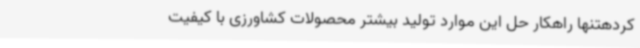
کردهتنها راهکار حل این موارد تولید بیشتر محصولات کشاورزی با کیفیت